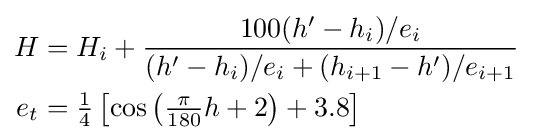
{\begin{aligned}H&=H_{i}+{\frac {100(h^{\prime }-h_{i})/e_{i}}{(h^{\prime }-h_{i})/e_{i}+(h_{i+1}-h^{\prime })/e_{i+1}}}\\e_{t}&=\textstyle {\frac {1}{4}}\left[\cos \left(\textstyle {\frac {\pi }{180}}h+2\right)+3.8\right]\end{aligned}}